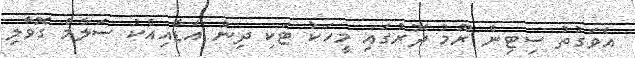
އެވަގުތު ސިޓިން ރޫމު ދޮރުގައި މީހަކު ޓަކި ދިން އަޑާއިއެކު ސަލާމް ގޮވާލި